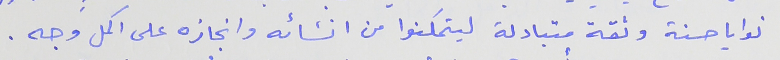
نوايا حسنة وثقة متبادلة ليتمكنوا من انشائه وانجازه على اكمل وجه .